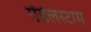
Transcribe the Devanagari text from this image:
मेंडेलस्टाम